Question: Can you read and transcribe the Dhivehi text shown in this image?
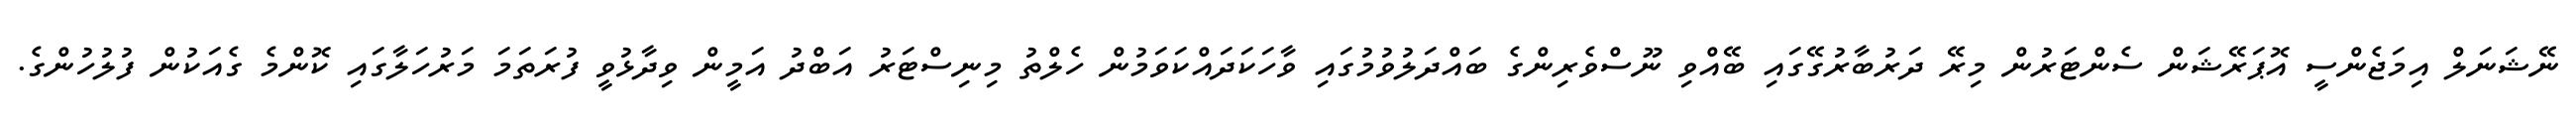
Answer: ނޭޝަނަލް އިމަޖެންސީ އޮޕަރޭޝަން ސެންޓަރުން މިރޭ ދަރުބާރުގޭގައި ބޭއްވި ނޫސްވެރިންގެ ބައްދަލުވުމުގައި ވާހަކަދައްކަވަމުން ހެލްތު މިނިސްޓަރު އަބްދު އަމީން ވިދާޅުވީ ފުރަތަމަ މަރުހަލާގައި ކޮންމެ ގެއަކުން ފުލުހުންގެ.